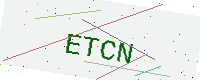
Text: ETCN